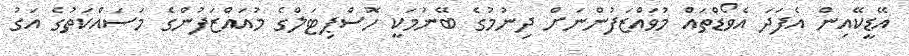
އޭޑީކޭއިން އެފަދަ އެވޯޑްތައް މުވައްޒަފުންނަށް ދިނުމުގެ ބޭނުމަކީ ހޮސްޕިޓަލްގެ މުއައްޒަފުންގެ މަސައްކަތުގެ އަގު